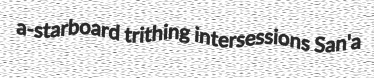
a-starboard trithing intersessions San'a